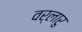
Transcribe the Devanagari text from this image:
वर्लारु